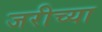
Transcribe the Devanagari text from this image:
जरीच्या